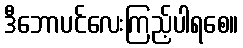
ဒီဘောပင်လေးကြည့်ပါရစေ။